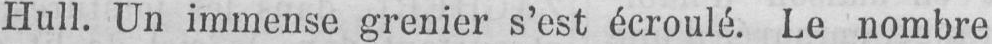
Hull. Un immense grenier s’est écroulé. Le nombre